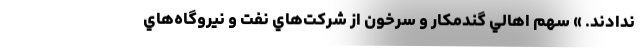
ندادند. » سهم اهالي گندمكار و سرخون از شركت‌هاي نفت و نيروگاه‌هاي